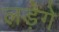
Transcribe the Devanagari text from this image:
लड़ेगे